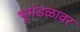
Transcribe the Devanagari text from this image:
भूमंडळावर